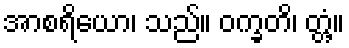
အာစရိယော၊ သည်။ ဝက္ခတိ၊ တ္တံ့။